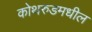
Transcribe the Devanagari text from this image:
कोथरुडमधील